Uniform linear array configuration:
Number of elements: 48
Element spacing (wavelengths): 1
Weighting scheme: cosine
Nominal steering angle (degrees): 30
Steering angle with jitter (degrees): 29.421
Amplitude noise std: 0.05
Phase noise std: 0.05

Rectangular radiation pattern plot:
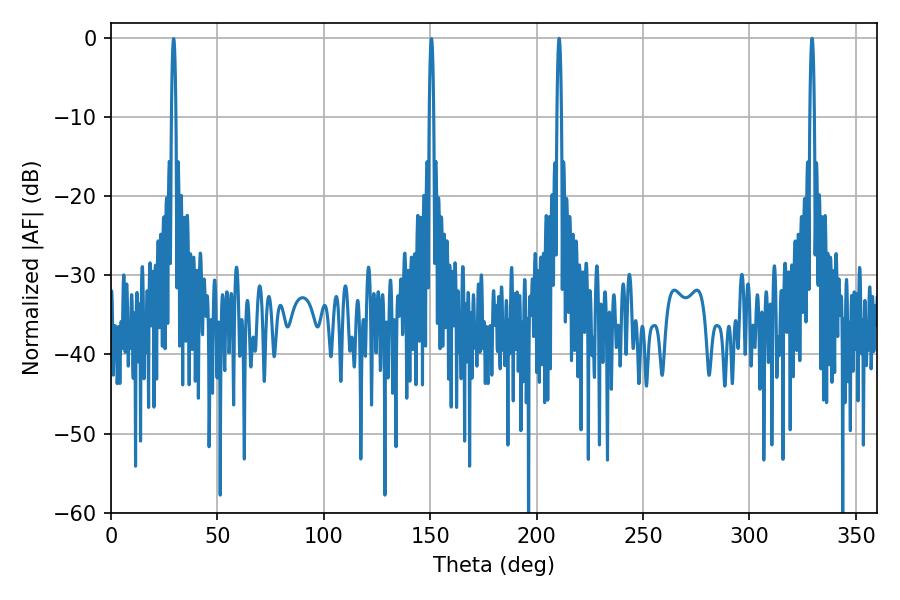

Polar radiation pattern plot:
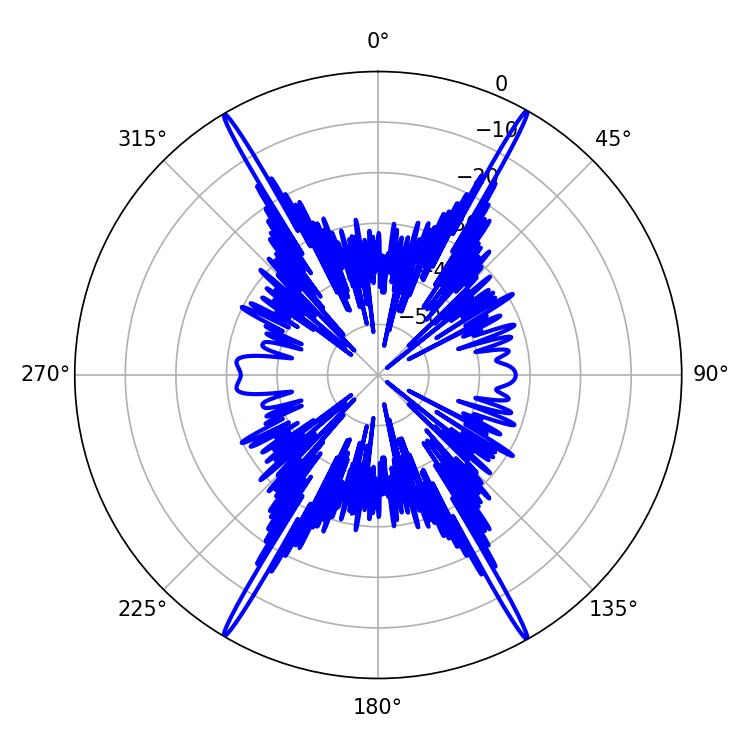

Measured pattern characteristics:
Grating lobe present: TRUE
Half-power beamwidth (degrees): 1.08
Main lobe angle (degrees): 210.6